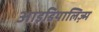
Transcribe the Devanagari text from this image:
आइडियालिज़्म